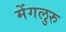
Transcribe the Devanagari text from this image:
मेंगलुरु